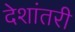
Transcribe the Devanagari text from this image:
देशांतरी